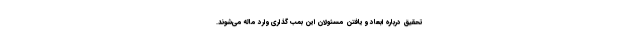
تحقیق درباره ابعاد و یافتن مسئولان این بمب گذاری وارد ماله می‌شوند.